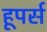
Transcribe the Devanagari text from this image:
हूपर्स